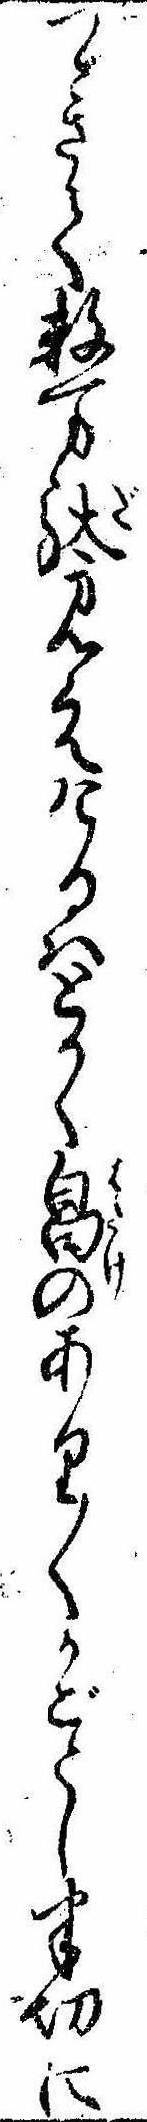
つゞきて数万駄見えけるはとかく畠のありくかごとし半切に